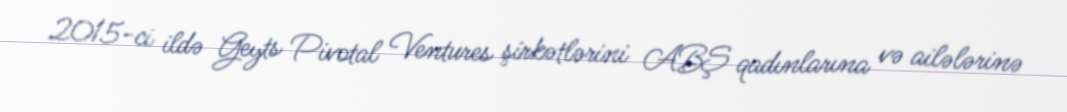
2015-ci ildə Geyts Pivotal Ventures şirkətlərini ABŞ qadınlarına və ailələrinə